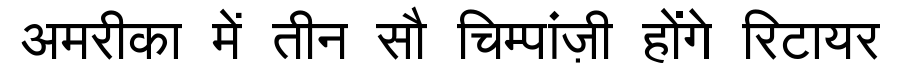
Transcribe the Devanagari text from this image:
अमरीका में तीन सौ चिम्पांज़ी होंगे रिटायर